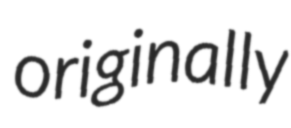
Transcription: originally